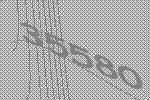
35580